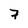
Character: 7